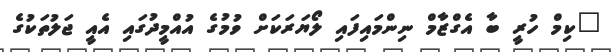
"ކިމް ހުރީ ބާ އެގްޒާމް ނިންމައިފައި ލޯޔަރަކަށް ވުމުގެ އުއްމީދުގައި އެއީ ޖަލުތަކުގެ